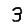
Digit: 3